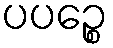
ပပဉ္စေ